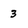
Character: 3